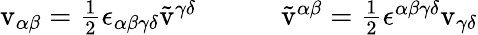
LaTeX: \begin{array}{cc}{{\mathrm{v}_{\alpha\beta}=\textstyle{\frac{1}{2}}\epsilon_{\alpha\beta\gamma\delta}\tilde{\mathrm{v}}^{\gamma\delta}~~~~}}&{{~~~~\tilde{\mathrm{v}}^{\alpha\beta}=\textstyle{\frac{1}{2}}\epsilon^{\alpha\beta\gamma\delta}\mathrm{v}_{\gamma\delta}}}\end{array}